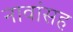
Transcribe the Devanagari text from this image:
नावांसह